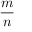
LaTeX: \frac { m } { n }